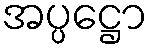
အပ္ပဋ္ဌော